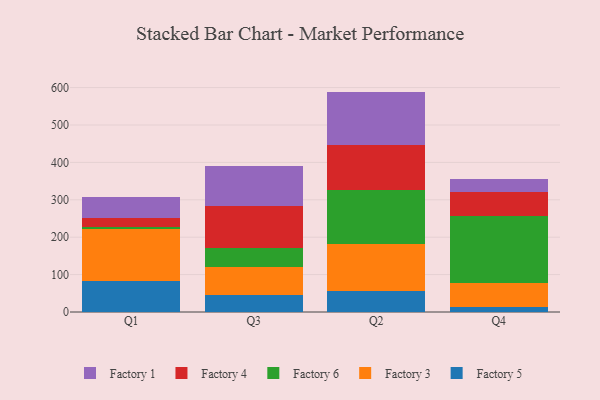
{"axis": {"x": "Quarter", "y": "Budget (USD K)"}, "legend": ["Factory 1", "Factory 3", "Factory 4", "Factory 5", "Factory 6"], "data": [{"x": "Q1", "y": 81.6, "type": "Factory 5"}, {"x": "Q1", "y": 139.5, "type": "Factory 3"}, {"x": "Q1", "y": 6.5, "type": "Factory 6"}, {"x": "Q1", "y": 22.5, "type": "Factory 4"}, {"x": "Q1", "y": 58.6, "type": "Factory 1"}, {"x": "Q3", "y": 46.7, "type": "Factory 5"}, {"x": "Q3", "y": 74.8, "type": "Factory 3"}, {"x": "Q3", "y": 49.3, "type": "Factory 6"}, {"x": "Q3", "y": 112.5, "type": "Factory 4"}, {"x": "Q3", "y": 107.9, "type": "Factory 1"}, {"x": "Q2", "y": 56.7, "type": "Factory 5"}, {"x": "Q2", "y": 124.1, "type": "Factory 3"}, {"x": "Q2", "y": 146.6, "type": "Factory 6"}, {"x": "Q2", "y": 118.8, "type": "Factory 4"}, {"x": "Q2", "y": 143.1, "type": "Factory 1"}, {"x": "Q4", "y": 12.9, "type": "Factory 5"}, {"x": "Q4", "y": 65.2, "type": "Factory 3"}, {"x": "Q4", "y": 179.7, "type": "Factory 6"}, {"x": "Q4", "y": 63.0, "type": "Factory 4"}, {"x": "Q4", "y": 36.1, "type": "Factory 1"}]}